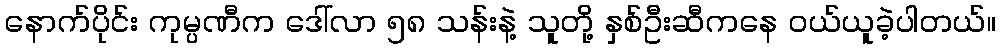
နောက်ပိုင်း ကုမ္ပဏီက ဒေါ်လာ ၅၈ သန်းနဲ့ သူတို့ နှစ်ဦးဆီကနေ ဝယ်ယူခဲ့ပါတယ်။